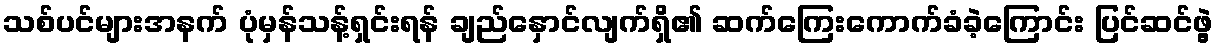
သစ်ပင်များအနက် ပုံမှန်သန့်ရှင်းရန် ချည်နှောင်လျက်ရှိ၏ ဆက်ကြေးကောက်ခံခဲ့ကြောင်း ပြင်ဆင်ဖွဲ့